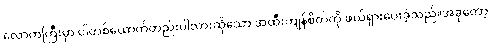
လောကကြီးမှာ ငါတစ်ယောက်တည်းပါလားဆိုသော အထီးကျန်စိတ်ကို ဖယ်ရှားပေးခဲ့သည်။အခုတော့